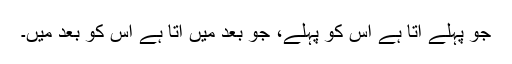
جو پہلے آتا ہے اس کو پہلے، جو بعد میں آتا ہے اس کو بعد میں۔